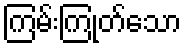
ကြမ်းကြုတ်သော